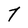
Character: T